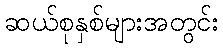
ဆယ်စုနှစ်များအတွင်း